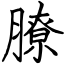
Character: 膫